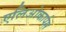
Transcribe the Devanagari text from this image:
एलिओकार्पस